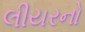
લીયરનો